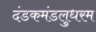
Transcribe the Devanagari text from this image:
दंडकमंडलुधरम